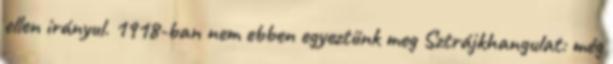
ellen irányul. 1918-ban nem ebben egyeztünk meg Sztrájkhangulat: még